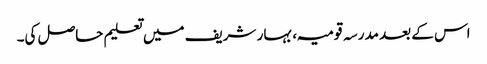
اس کے بعد مدرسہ قومیہ، بہار شریف میں تعلیم حاصل کی۔